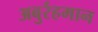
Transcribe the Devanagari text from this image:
अबुर्रहमान